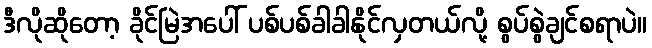
ဒီလိုဆိုတော့ ခိုင်မြဲအပေါ် ပစ်ပစ်ခါခါနိုင်လှတယ်လို့ စွပ်စွဲချင်စရာပဲ။